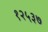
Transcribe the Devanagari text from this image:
१२५३७